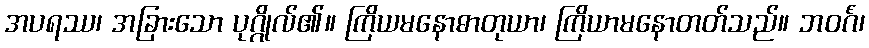
အပရဿ၊ အခြားသော ပုဂ္ဂိုလ်၏။ ကြိယမနောဓာတုယာ၊ ကြိယာမနောတတ်သည်။ ဘဝင်္ဂံ၊